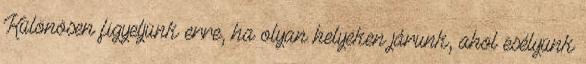
Különösen figyeljünk erre, ha olyan helyeken járunk, ahol esélyünk